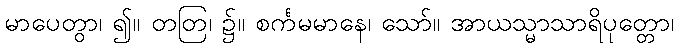
မာပေတွာ၊ ၍။ တတြ၊ ၌။ စင်္ကမမာနေ၊ သော်။ အာယသ္မာသာရိပုတ္တော၊